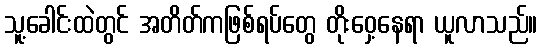
သူ့ခေါင်းထဲတွင် အတိတ်ကဖြစ်ရပ်တွေ တိုးဝှေ့နေရာ ယူလာသည်။